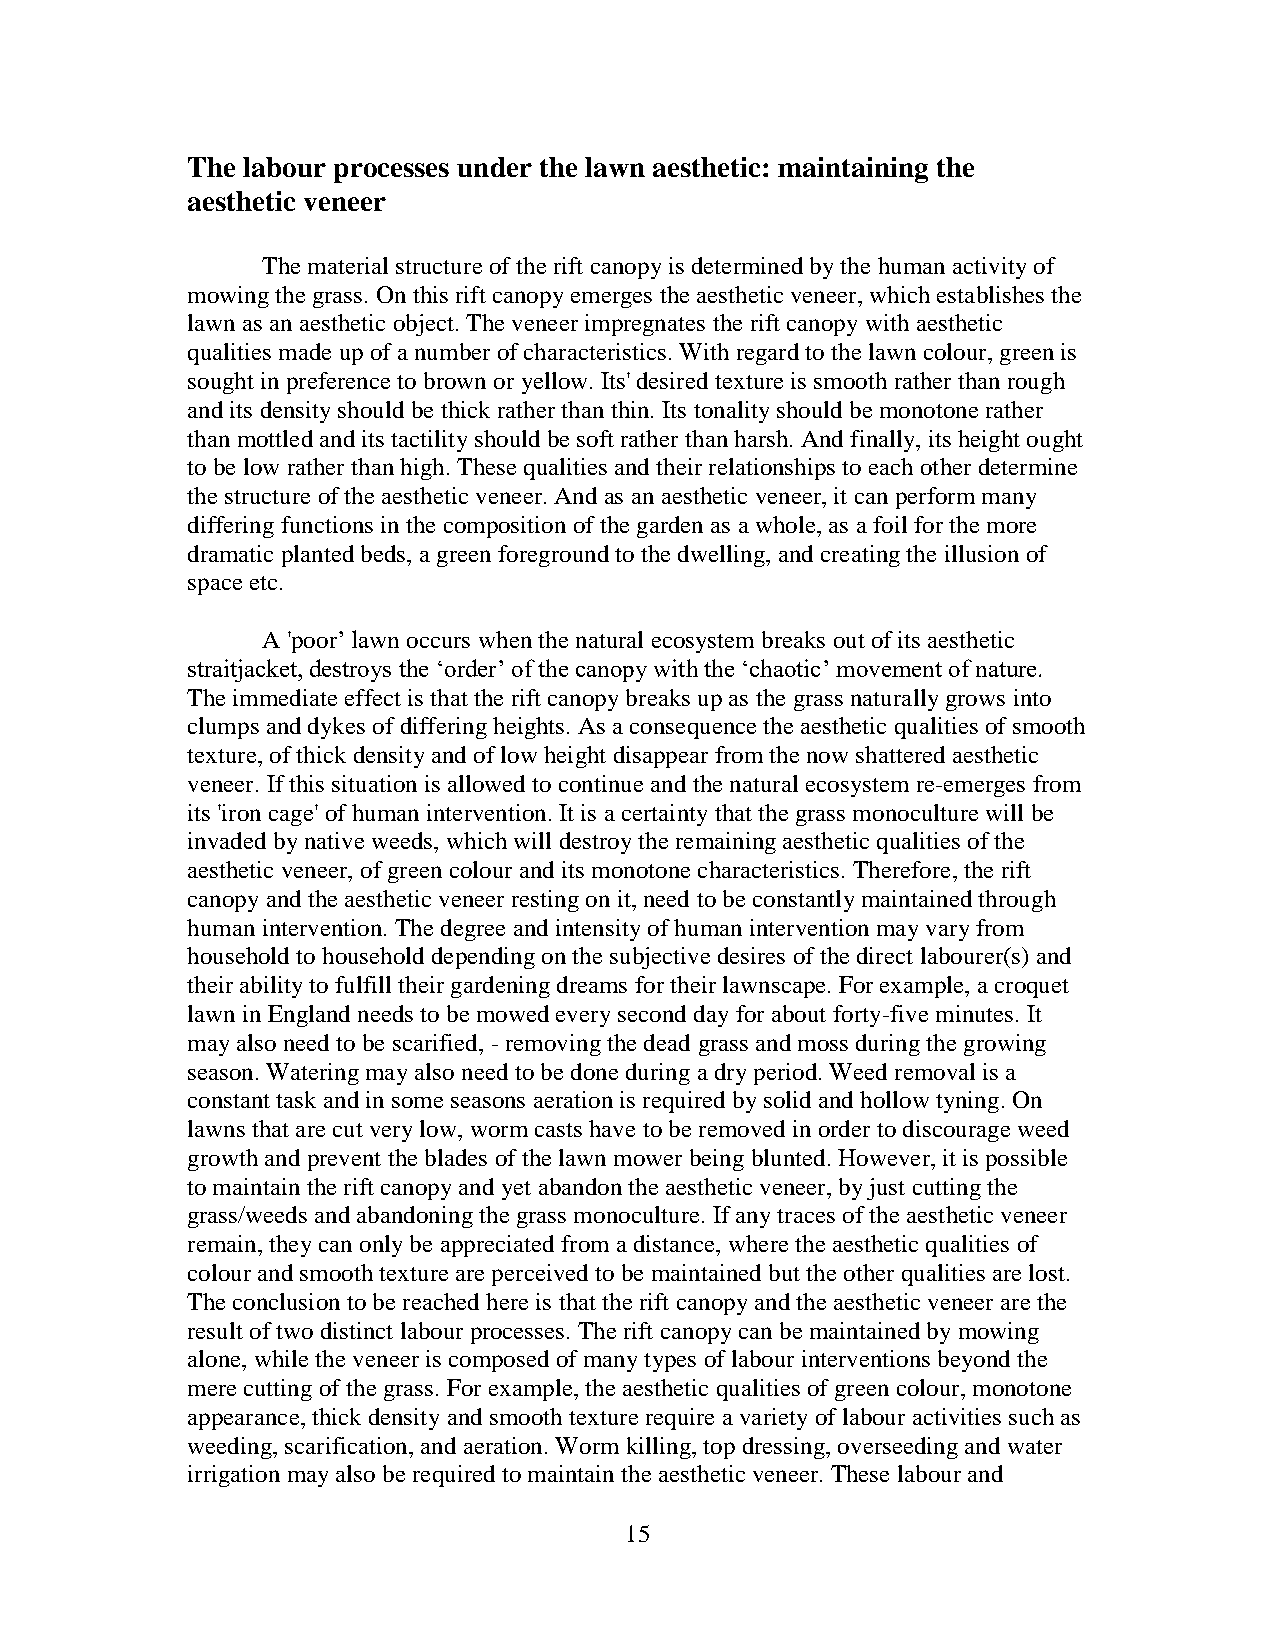
The labour processes under the lawn aesthetic: maintaining the
 aesthetic veneer
 The material structure of the rift canopy is determined by the human activity of
 mowing the grass. On this rift canopy emerges the aesthetic veneer, which establishes the
 lawn as an aesthetic object. The veneer impregnates the rift canopy with aesthetic
 qualities made up of a number of characteristics. With regard to the lawn colour, green is
 sought in preference to brown or yellow. Its' desired texture is smooth rather than rough
 and its density should be thick rather than thin. Its tonality should be monotone rather
 than mottled and its tactility should be soft rather than harsh. And finally, its height ought
 to be low rather than high. These qualities and their relationships to each other determine
 the structure of the aesthetic veneer. And as an aesthetic veneer, it can perform many
 differing functions in the composition of the garden as a whole, as a foil for the more
 dramatic planted beds, a green foreground to the dwelling, and creating the illusion of
 space etc.
 A 'poor’ lawn occurs when the natural ecosystem breaks out of its aesthetic
 straitjacket, destroys the ‘order’ of the canopy with the ‘chaotic’ movement of nature.
 The immediate effect is that the rift canopy breaks up as the grass naturally grows into
 clumps and dykes of differing heights. As a consequence the aesthetic qualities of smooth
 texture, of thick density and of low height disappear from the now shattered aesthetic
 veneer. If this situation is allowed to continue and the natural ecosystem re-emerges from
 its 'iron cage' of human intervention. It is a certainty that the grass monoculture will be
 invaded by native weeds, which will destroy the remaining aesthetic qualities of the
 aesthetic veneer, of green colour and its monotone characteristics. Therefore, the rift
 canopy and the aesthetic veneer resting on it, need to be constantly maintained through
 human intervention. The degree and intensity of human intervention may vary from
 household to household depending on the subjective desires of the direct labourer(s) and
 their ability to fulfill their gardening dreams for their lawnscape. For example, a croquet
 lawn in England needs to be mowed every second day for about forty-five minutes. It
 may also need to be scarified, - removing the dead grass and moss during the growing
 season. Watering may also need to be done during a dry period. Weed removal is a
 constant task and in some seasons aeration is required by solid and hollow tyning. On
 lawns that are cut very low, worm casts have to be removed in order to discourage weed
 growth and prevent the blades of the lawn mower being blunted. However, it is possible
 to maintain the rift canopy and yet abandon the aesthetic veneer, by just cutting the
 grass/weeds and abandoning the grass monoculture. If any traces of the aesthetic veneer
 remain, they can only be appreciated from a distance, where the aesthetic qualities of
 colour and smooth texture are perceived to be maintained but the other qualities are lost.
 The conclusion to be reached here is that the rift canopy and the aesthetic veneer are the
 result of two distinct labour processes. The rift canopy can be maintained by mowing
 alone, while the veneer is composed of many types of labour interventions beyond the
 mere cutting of the grass. For example, the aesthetic qualities of green colour, monotone
 appearance, thick density and smooth texture require a variety of labour activities such as
 weeding, scarification, and aeration. Worm killing, top dressing, overseeding and water
 irrigation may also be required to maintain the aesthetic veneer. These labour and
 15